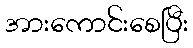
အားကောင်းစေပြီး